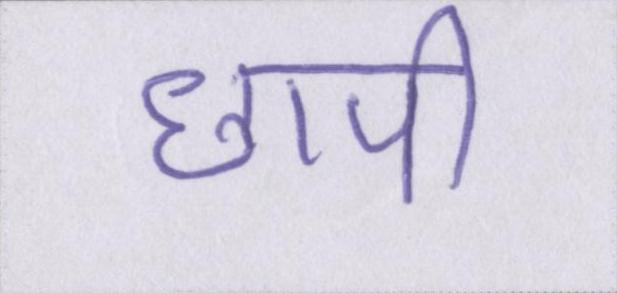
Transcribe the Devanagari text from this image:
छापी